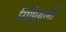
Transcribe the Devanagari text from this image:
सिप्रियानी